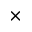
\times